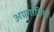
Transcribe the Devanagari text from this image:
अग्रगामियों